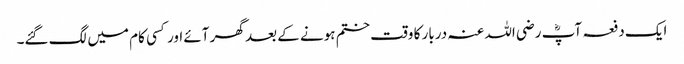
ایک دفعہ آپؓ رضی اللہ عنہ دربار کا وقت ختم ہونے کے بعد گھر آئے اور کسی کام میں لگ گئے۔